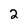
Character: 2